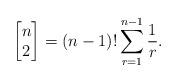
LaTeX: \begin{align*}\left [ \begin{matrix}n\\ 2 \end{matrix}\right]=(n-1)! \sum_{r=1}^{n-1} \frac{1}{r}.\end{align*}